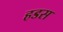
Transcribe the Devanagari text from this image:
हडस